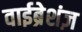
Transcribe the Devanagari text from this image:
वाईब्रेशंज़